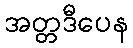
အတ္တဒီပေန